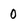
Character: 0